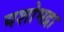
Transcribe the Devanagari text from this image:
यशोभद्रा